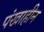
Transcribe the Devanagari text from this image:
पंखाहीन